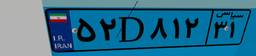
۵۲D۸۱۲۳۱